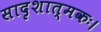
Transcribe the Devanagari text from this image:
सादृशात्मकः।